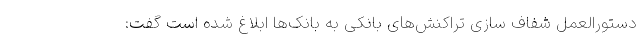
دستورالعمل شفاف سازی تراکنش‌های بانکی به بانک‌ها ابلاغ شده است گفت: